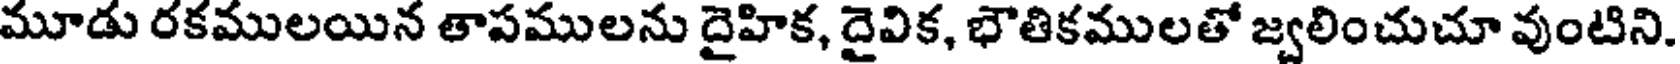
మూడు రకములయిన తాపములను దైహిక, దైవిక, భౌతికములతో జ్వలించుచూ వుంటిని.